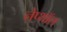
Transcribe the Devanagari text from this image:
नेप्थॉल